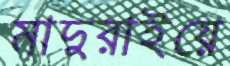
মাদুরাইয়ে